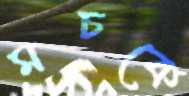
মচকে